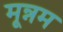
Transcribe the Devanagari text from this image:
मून्नम